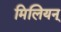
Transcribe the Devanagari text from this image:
मिलियन्